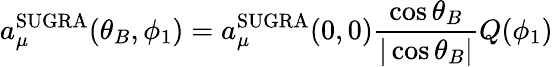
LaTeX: a_{\mu}^{\mathrm{SUGRA}}(\theta_{B},\phi_{1})=a_{\mu}^{\mathrm{SUGRA}}(0,0)\frac{\cos\theta_{B}}{|\cos\theta_{B}|}Q(\phi_{1})